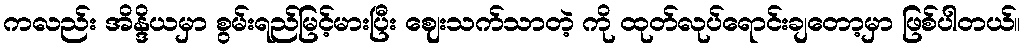
ကလည်း အိန္ဒိယမှာ စွမ်းရည်မြင့်မားပြီး ဈေးသက်သာတဲ့ ကို ထုတ်လုပ်ရောင်းချတော့မှာ ဖြစ်ပါတယ်။